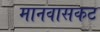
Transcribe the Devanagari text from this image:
मानवासकट